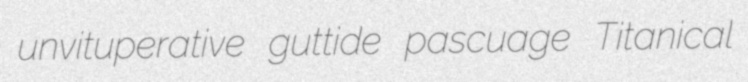
unvituperative guttide pascuage Titanical